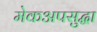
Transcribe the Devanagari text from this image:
मेकअपसुद्धा